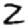
Digit: 2